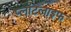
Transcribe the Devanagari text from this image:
प्लांटलाइफ